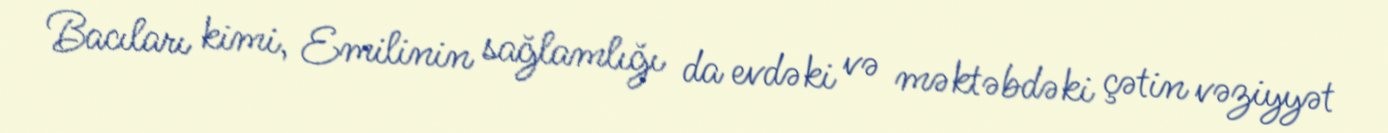
Bacıları kimi, Emilinin sağlamlığı da evdəki və məktəbdəki çətin vəziyyət